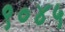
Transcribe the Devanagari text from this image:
९०४५